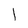
Character: l